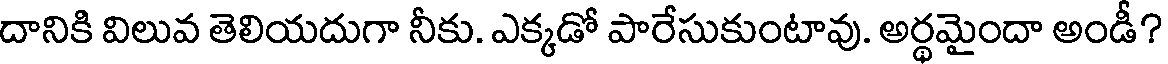
దానికి విలువ తెలియదుగా నీకు. ఎక్కడో పారేసుకుంటావు. అర్థమైందా అండీ?